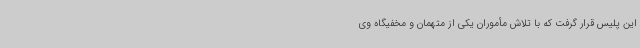
این پلیس قرار گرفت که با تلاش مأموران یکی از متهمان و مخفیگاه وی